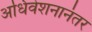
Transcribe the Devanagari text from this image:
अधिवेशनानंतर